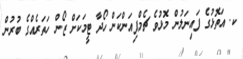
ކ. އަތޮޅުގެ ފައިނަލުން މޮޅުވެ ޗެމްޕިއަންކަން ހޯދާ ޓީމަކަށް ޒޯން ހަތަރެއްގެ ބުރުން